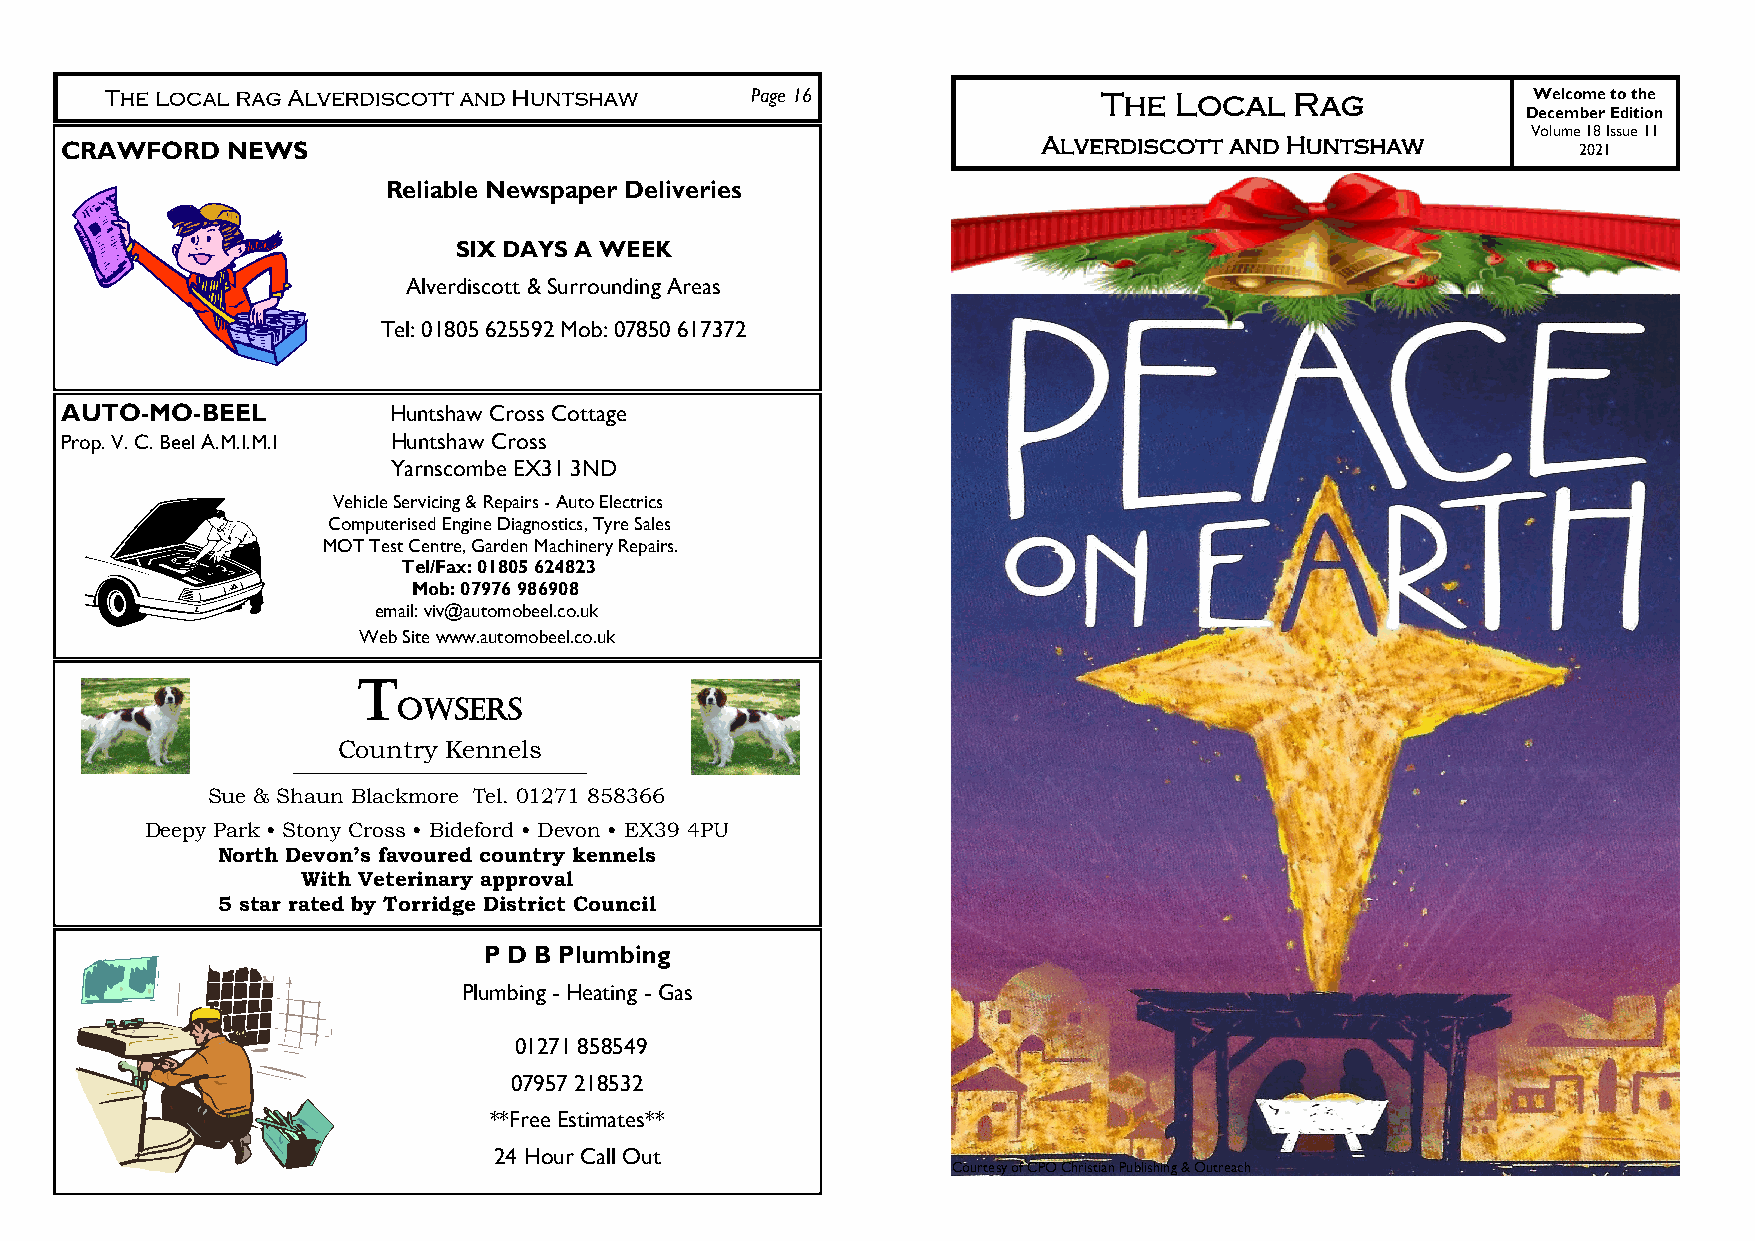
Page 16                The  Local   Rag            Welcome to the
 December Edition
 Alverdiscott and Huntshaw       Volume 18 Issue 11
 CRAWFORD   NEWS                                                                                     2021
 Reliable Newspaper Deliveries
 SIX DAYS A WEEK
 Alverdiscott & Surrounding Areas
 Tel: 01805 625592 Mob: 07850 617372
 AUTO-MO-BEEL          Huntshaw Cross Cottage
 Prop. V. C. Beel A.M.I.M.I Huntshaw Cross
 Yarnscombe EX31 3ND
 Vehicle Servicing & Repairs - Auto Electrics
 Computerised Engine Diagnostics, Tyre Sales
 MOT Test Centre, Garden Machinery Repairs.
 Tel/Fax: 01805 624823
 Mob: 07976 986908
 email: viv@automobeel.co.uk
 Web Site www.automobeel.co.uk
 T
 owsers
 Country Kennels
 ________________________________________________________________
 Sue & Shaun Blackmore Tel. 01271 858366
 Deepy Park • Stony Cross • Bideford • Devon • EX39 4PU
 North Devon’s favoured country kennels
 With Veterinary approval
 5 star rated by Torridge District Council
 P D B Plumbing
 Plumbing - Heating - Gas
 01271 858549
 07957 218532
 **Free Estimates**
 24 Hour Call Out
 Courtesy of CPO Christian Publishing & Outreach